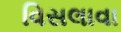
વિસલાવા